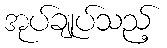
အုပ်ချုပ်သည့်